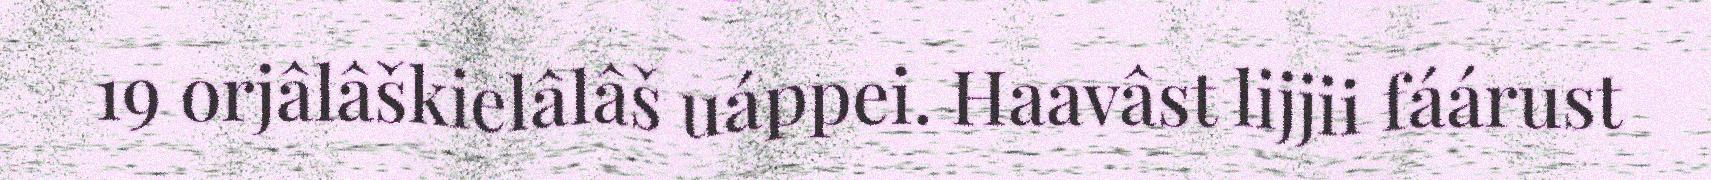
19 orjâlâškielâlâš uáppei. Haavâst lijjii fáárust